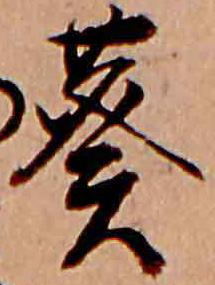
葵